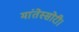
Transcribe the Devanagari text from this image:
मांतेस्सोरी।